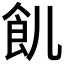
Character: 䶿